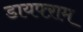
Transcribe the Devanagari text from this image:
डायफ्ऱाम